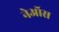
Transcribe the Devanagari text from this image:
नेऑस